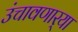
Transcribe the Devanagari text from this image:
उंचावणार्‍या